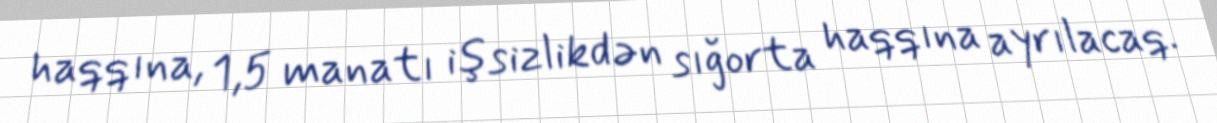
haqqına, 1,5 manatı işsizlikdən sığorta haqqına ayrılacaq.